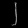
Digit: ၂